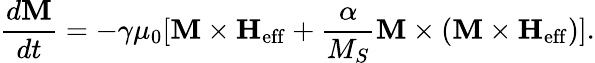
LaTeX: \frac{d\textbf{M}}{dt}=-\gamma\mu_{0}[\textbf{M}\times\textbf{H}_{\mathrm{eff}}+\frac{\alpha}{M_{S}}\textbf{M}\times(\textbf{M}\times\textbf{H}_{\mathrm{eff}})].